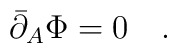
\bar{\partial}_A \Phi =0\quad.